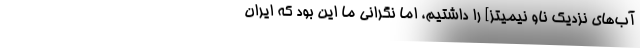
آب‌های نزدیک ناو نیمیتز] را داشتیم، اما نگرانی ما این بود که ایران